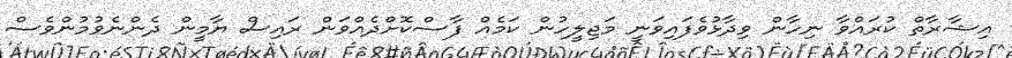
އިޝާރާތް ކުރައްވާ ނިހާން ވިދާޅުވެފައިވަނީ މަޖިލީހުން ކަމެއް ފާސްކޮށްދެއްވަން ރައިސް ޔާމީން ދެންނެވުމުންވެސް